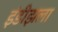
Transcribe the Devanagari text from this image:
इंडीझला